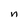
Character: n